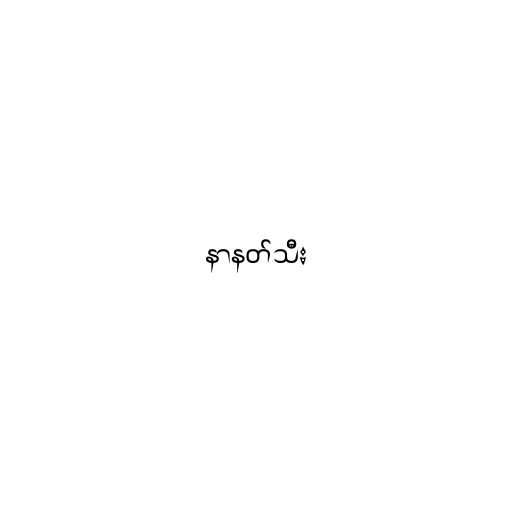
နာနတ်သီး